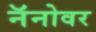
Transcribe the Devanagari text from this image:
नॅनोवर